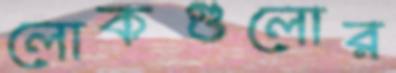
লোকগুলোর